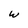
Character: w